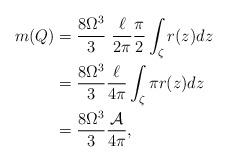
LaTeX: \begin{align*}m(Q) &= \frac{8 \Omega^3}{3} \ \frac{\ell }{2 \pi} \frac{\pi}{2} \int_\zeta r(z) dz \\&= \frac{8 \Omega^3}{3} \frac{\ell }{4 \pi} \int_\zeta \pi r(z) dz \\&= \frac{8 \Omega^3}{3} \frac{\mathcal{A}}{4 \pi},\end{align*}